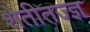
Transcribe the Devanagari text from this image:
शेतीतज्‍ज्ञ